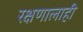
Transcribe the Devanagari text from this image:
रक्षणालाही